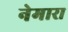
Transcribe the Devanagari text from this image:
नेमारा